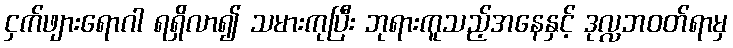
ငှက်ဖျားရောဂါ ရရှိလာ၍ သမားကုပြီး ဘုရားကူသည့်အနေနှင့် ဒုလ္လဘဝတ်ရာမှ